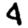
Digit: 4